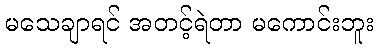
မသေချာရင် အတင့်ရဲတာ မကောင်းဘူး